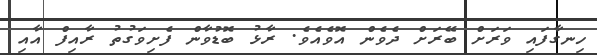
ހިނގާފައި ވަރަށް ބޭރަށް ދެވެން އޮވެއެވެ. ރާޅު ބޮޑުވާން ފެށިވަގުތު ރާއިފް އާއި